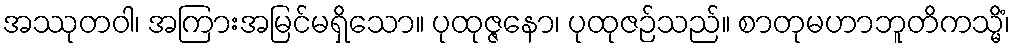
အဿုတဝါ၊ အကြားအမြင်မရှိသော။ ပုထုဇ္ဇနော၊ ပုထုဇဉ်သည်။ စာတုမဟာဘူတိကသ္မိံ၊